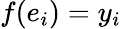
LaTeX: f(e_{i})=y_{i}